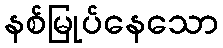
နစ်မြုပ်နေသော